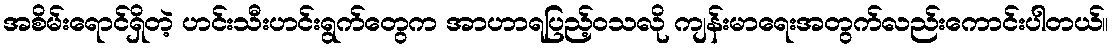
အစိမ်းရောင်ရှိတဲ့ ဟင်းသီးဟင်းရွက်တွေက အာဟာရပြည့်ဝသလို ကျန်းမာရေးအတွက်လည်းကောင်းပါတယ်။